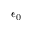
\epsilon _ { 0 }